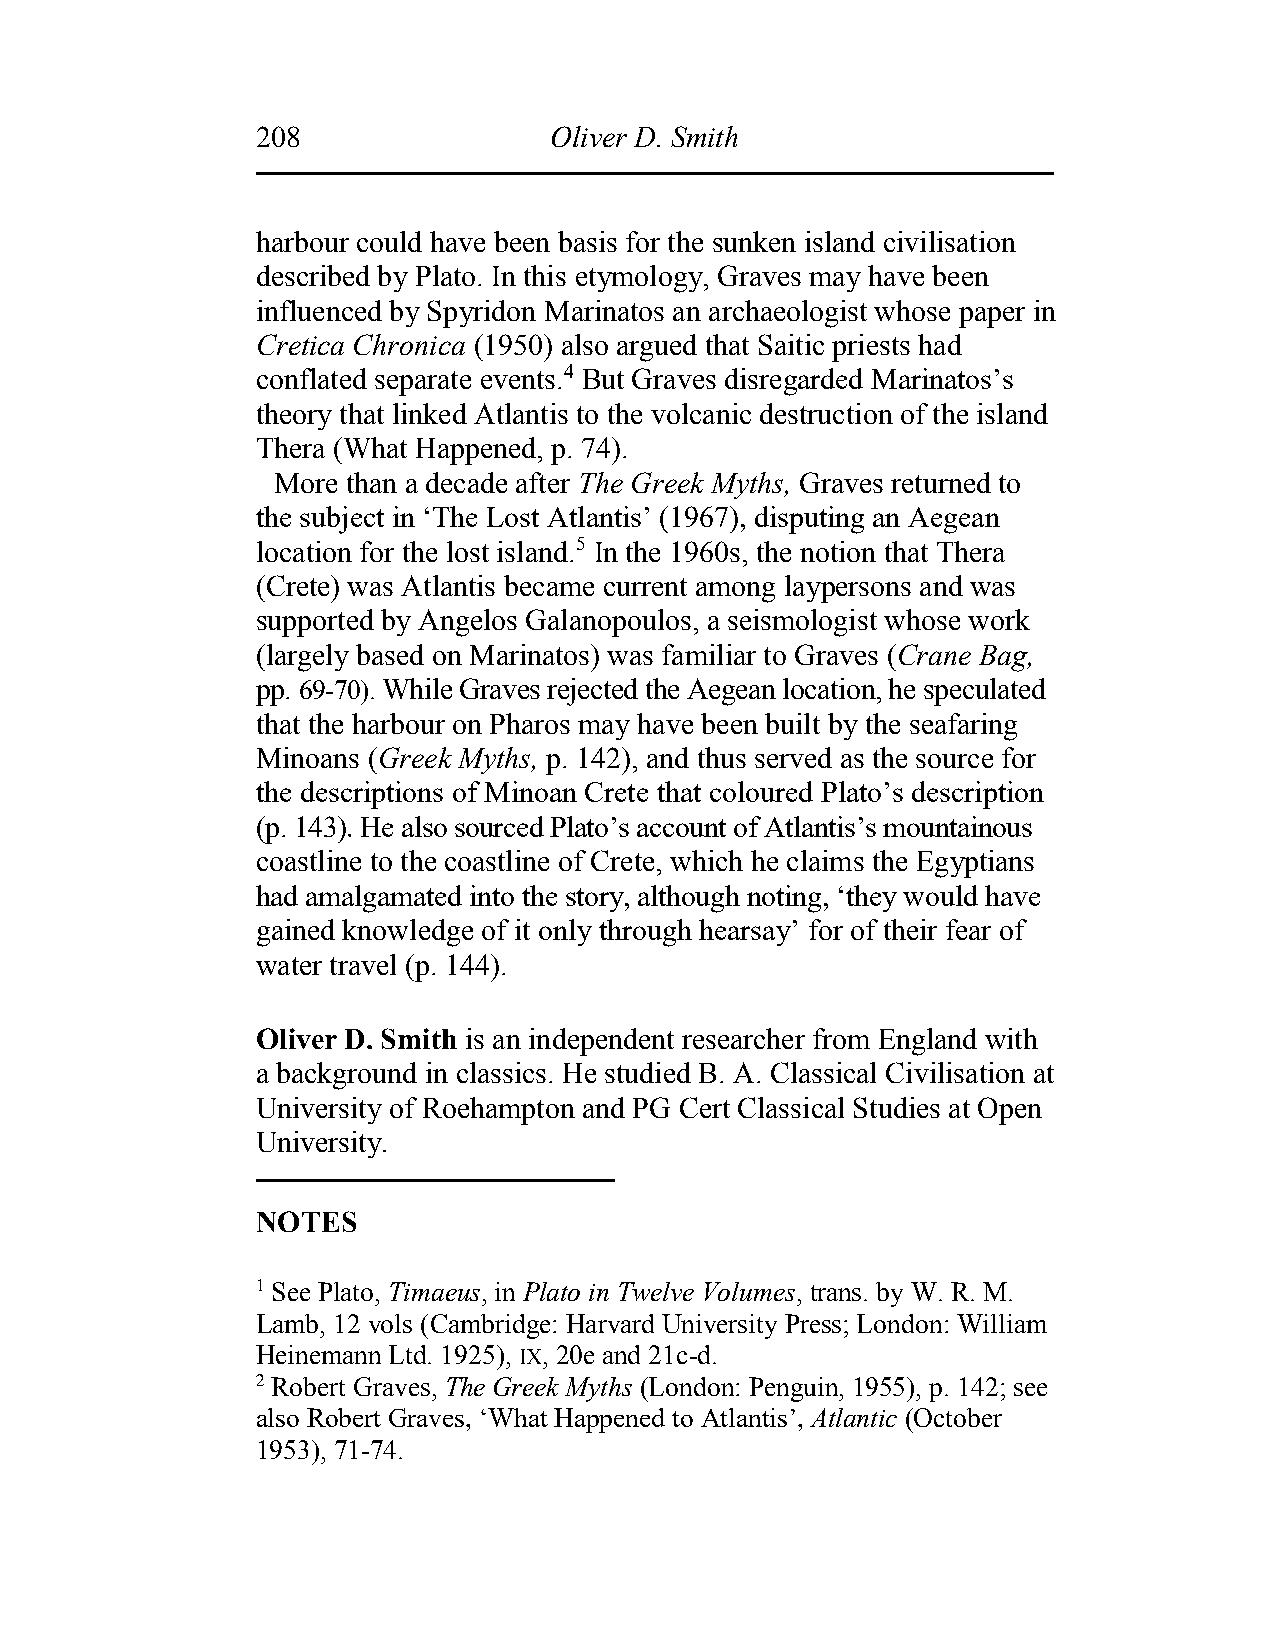
208                Oliver D. Smith
 harbour could have been basis for the sunken island civilisation
 described by Plato. In this etymology, Graves may have been
 influenced by Spyridon Marinatos an archaeologist whose paper in
 Cretica Chronica (1950) also argued that Saitic priests had
 conflated separate events.4 But Graves disregarded Marinatos’s
 theory that linked Atlantis to the volcanic destruction of the island
 Thera (What Happened, p. 74).
 More than a decade after The Greek Myths, Graves returned to
 the subject in ‘The Lost Atlantis’ (1967), disputing an Aegean
 location for the lost island.5 In the 1960s, the notion that Thera
 (Crete) was Atlantis became current among laypersons and was
 supported by Angelos Galanopoulos, a seismologist whose work
 (largely based on Marinatos) was familiar to Graves (Crane Bag,
 pp. 69-70). While Graves rejected the Aegean location, he speculated
 that the harbour on Pharos may have been built by the seafaring
 Minoans (Greek Myths, p. 142), and thus served as the source for
 the descriptions of Minoan Crete that coloured Plato’s description
 (p. 143). He also sourced Plato’s account of Atlantis’s mountainous
 coastline to the coastline of Crete, which he claims the Egyptians
 had amalgamated into the story, although noting, ‘they would have
 gained knowledge of it only through hearsay’ for of their fear of
 water travel (p. 144).
 Oliver D. Smith is an independent researcher from England with
 a background in classics. He studied B. A. Classical Civilisation at
 University of Roehampton and PG Cert Classical Studies at Open
 University.
 NOTES
 1 See Plato, Timaeus, in Plato in Twelve Volumes, trans. by W. R. M.
 Lamb, 12 vols (Cambridge: Harvard University Press; London: William
 Heinemann Ltd. 1925), IX, 20e and 21c-d.
 2 Robert Graves, The Greek Myths (London: Penguin, 1955), p. 142; see
 also Robert Graves, ‘What Happened to Atlantis’, Atlantic (October
 1953), 71-74.